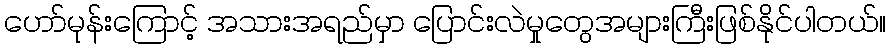
ဟော်မုန်းကြောင့် အသားအရည်မှာ ပြောင်းလဲမှုတွေအများကြီးဖြစ်နိုင်ပါတယ်။